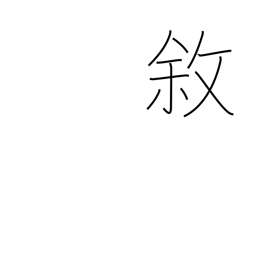
Meaning: state